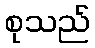
စုသည်